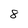
Character: 8